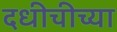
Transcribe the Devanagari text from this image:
दधीचीच्या